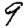
Digit: 9